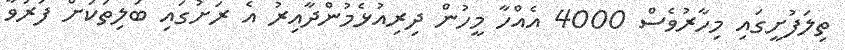
ތިލަފުށީގައި މިހާރުވެސް 4000 އެއްހާ މީހުން ދިރިއުޅެމުންދާއިރު އެ ރަށުގައި ބަލިތަކަށް ފަރުވާ